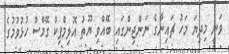
ވަނީ މިދިޔަ މަހު ޗައިނާގެ ނަންޖިންގައި ބޭއްވި ޔޫތު އޮލިމްޕިކް ގޭމްސް ހުޅުވުމުގެ